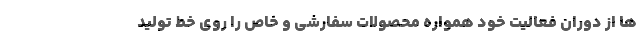
ها از دوران فعالیت خود همواره محصولات سفارشی و خاص را روی خط تولید